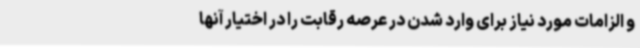
و الزامات مورد نیاز برای وارد شدن در عرصه رقابت را در اختیار آنها